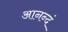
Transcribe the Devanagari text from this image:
आनन्दं